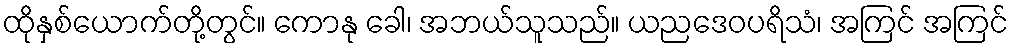
ထိုနှစ်ယောက်တို့တွင်။ ကောနု ခေါ၊ အဘယ်သူသည်။ ယညဒေဝပရိသံ၊ အကြင် အကြင်